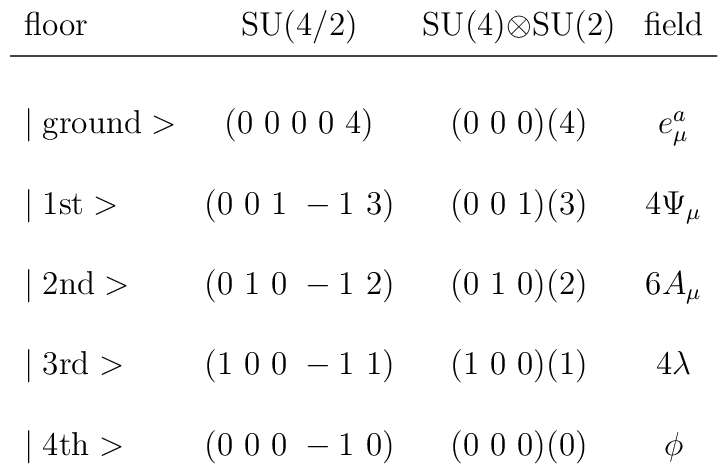
\begin{array}{lccc}\mbox{floor}     & \mbox{SU(4/2)} & \mbox{SU(4)$\otimes$SU(2)} & \mbox{field} \\\noalign{\vskip3pt}\noalign{\hrule}\noalign{\vskip3pt}\\\mid \mbox{ground}> & (0~0~0~0~4)  & (0~0~0)(4) & e_{\mu}^a \\\\\mid \mbox{1st}>    & (0~0~1~-1~3)  & (0~0~1)(3) & 4\Psi_{\mu}  \\\\\mid \mbox{2nd}>    & (0~1~0~-1~2)  & (0~1~0)(2) & 6A_{\mu}\\\\\mid \mbox{3rd}>    & (1~0~0~-1~1)  & (1~0~0)(1) & 4\lambda \\\\\mid \mbox{4th}>    & (0~0~0~-1~0) & (0~0~0)(0) & \phi \\        \end{array}